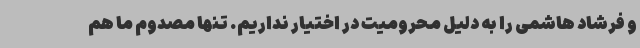
و فرشاد هاشمی را به دلیل محرومیت در اختیار نداریم. تنها مصدوم ما هم